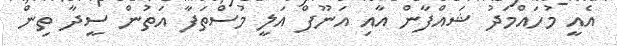
އެއީ މުހައްމަދު ޝައްފާން އާއި އަނޫފް އަލީ މުސްތަފާ އަތުން ސީދާ ތިން